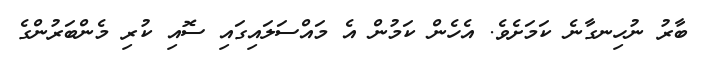
ބާރު ނުހިނގާނެ ކަމަށެވެ. އެހެން ކަމުން އެ މައްސަލައިގައި ސޮއި ކުރި މެންބަރުންގެ